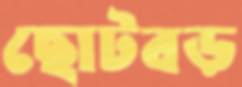
ছোটবড়